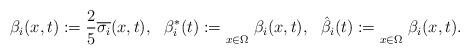
LaTeX: \begin{align*}\beta_i(x,t):= \frac{2}{5} \overline{\sigma_i}(x,t), \ \ \beta^*_i(t):= \underset{x \in \Omega}{}\ {\beta}_i(x,t),\ \ \hat{\beta}_i(t):= \underset{x \in \Omega}{}\ {\beta}_i(x,t).\end{align*}